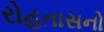
રોહતાસનો